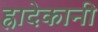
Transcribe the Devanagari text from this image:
ह्रादेकानी